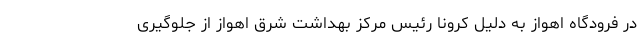
در فرودگاه اهواز به دلیل کرونا رئیس مرکز بهداشت شرق اهواز از جلوگیری